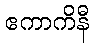
ဧကာကိနီ